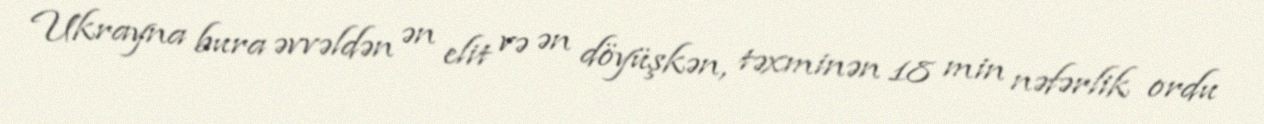
Ukrayna bura əvvəldən ən elit və ən döyüşkən, təxminən 18 min nəfərlik ordu